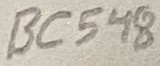
Text: BC548